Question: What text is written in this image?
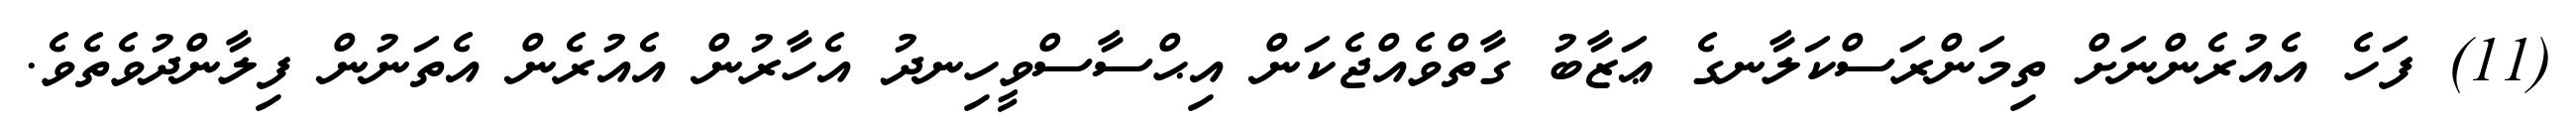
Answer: (11) ފަހެ އެއުރެންނަށް ތިމަންރަސްކަލާނގެ ޢަޒާބު ގާތްވެއްޖެކަން އިޙްސާސްވީހިނދު އެހާރުން އެއުރެން އެތަނުން ފިލާންދުވެތެވެ.